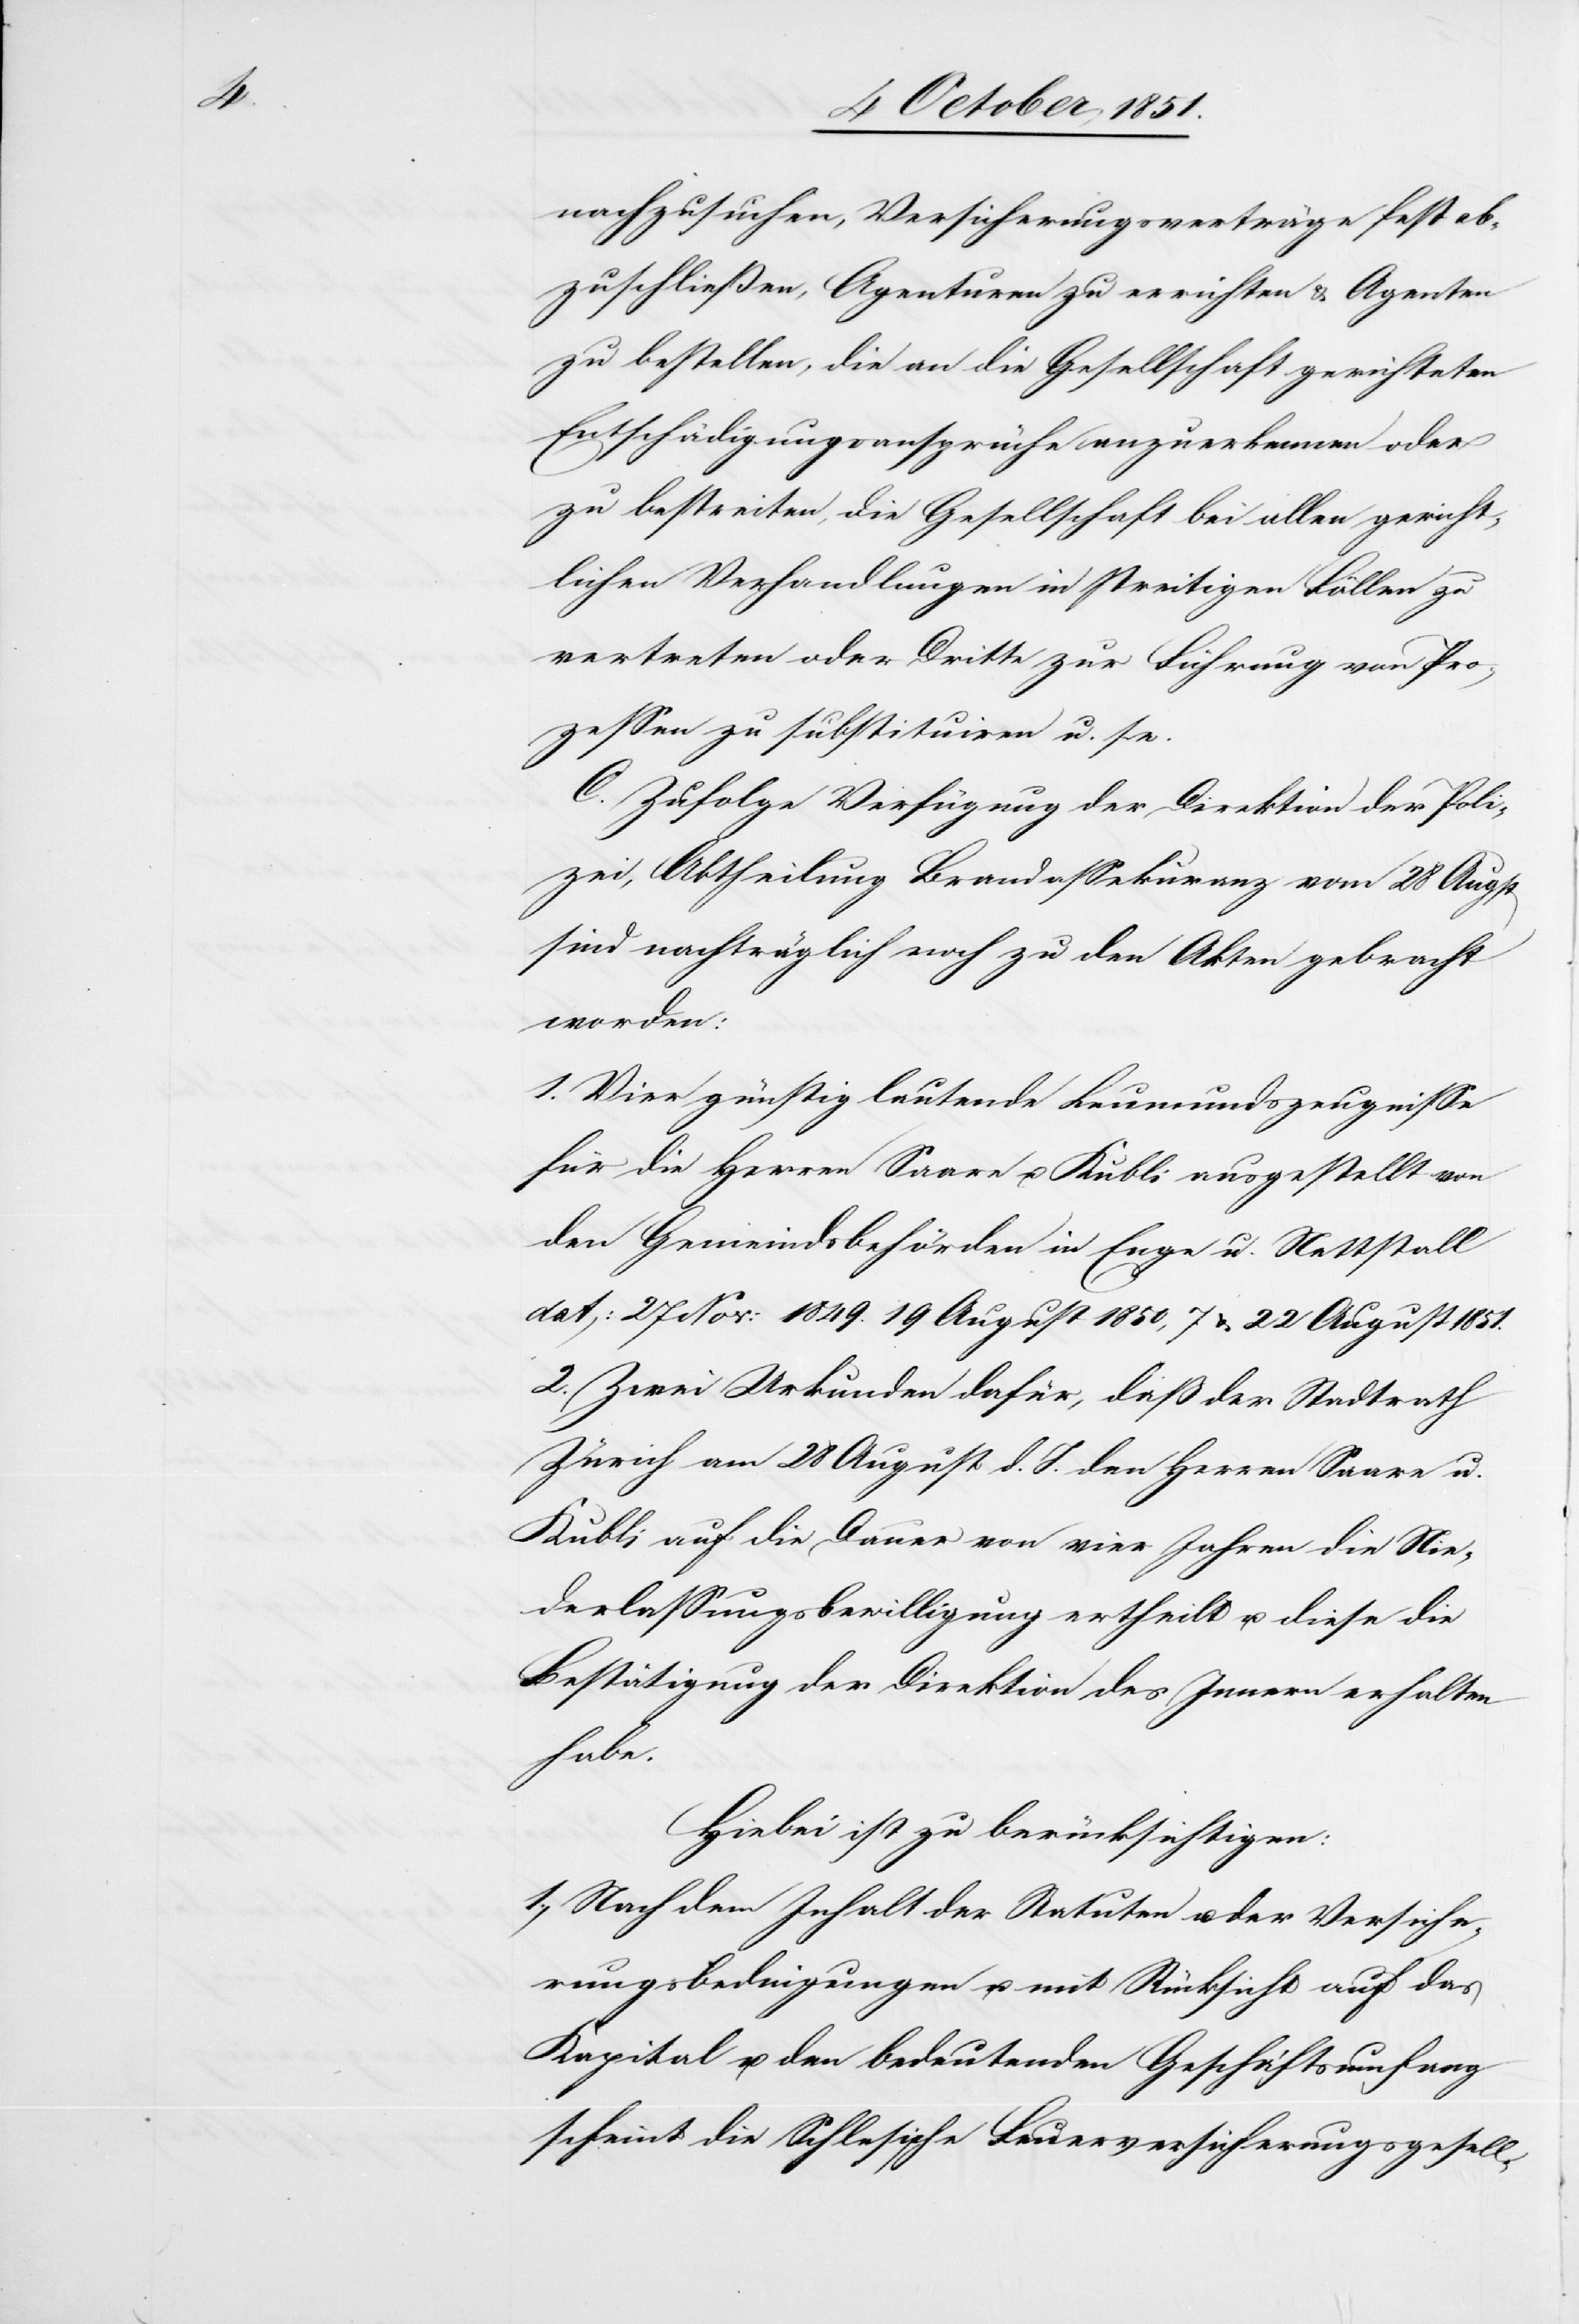
nachzusuchen, Versicherungsverträge fest ab¬
zuschließen, Agenturen zu errichten & Agenten
zu bestellen, die an die Gesellschaft gerichteten
Entschädigungsansprüche anzuerkennen oder
zu bestreiten, die Gesellschaft bei allen gericht¬
lichen Verhandlungen in streitigen Fällen zu
vertreten oder Dritte zur Führung von Pro¬
zessen zu substituiren u. s.
C. Zufolge Verfügung der Direktion der Poli¬
zei, Abtheilung Brandassekuranz vom 28 Aug[u]st
sind nachträglich noch zu den Akten gebracht
worden:
1. Vier günstig lautende Leumundszeugnisse
für die Herren Saare u. Kubli ausgestellt von
den Gemeindsbehörden in Enge u. Nettstall
dat: 27 Nov: 1849.[,] 19 August 1850, 7 & 22 August 1851.
2. Zwei Urkunden dafür, daß der Stadtrath
Zürich am 28 August d. J. den Herren Saare u.
Kubli auf die Dauer von vier Jahren die Nie¬
derlassungsbewilligung ertheilt u. diese die
Bestätigung der Direktion des Innern erhalten
habe.
Hiebei ist zu berücksichtigen:
1., Nach dem Inhalt der Statuten u. der Versiche¬
rungsbedingungen u. mit Rücksicht auf das
Kapital u. den bedeutenden Geschäftsumfang
scheint die Schlesische Feuerversicherungsgesell-